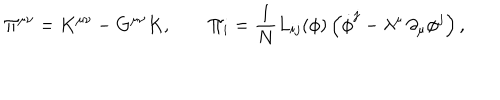
\Pi ^ { \mu \nu } = K ^ { \mu \nu } - G ^ { \mu \nu } K , \qquad \Pi _ { i } = { \frac { 1 } { N } } L _ { i j } ( \phi ) \left( \dot { \phi } ^ { j } - \lambda ^ { \mu } \, \partial _ { \mu } \phi ^ { j } \right) ,